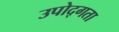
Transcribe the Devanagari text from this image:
उपोद्गता